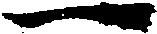
一